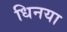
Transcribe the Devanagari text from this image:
धिनया